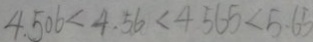
4 . 5 0 6 < 4 . 5 6 < 4 . 5 6 5 < 5 . 6 5